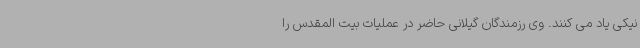
نیکی یاد می کنند. وی رزمندگان گیلانی حاضر در عملیات بیت المقدس را